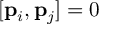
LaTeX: [ { \bf { p } } _ { i } , { \bf { p } } _ { j } ] = 0